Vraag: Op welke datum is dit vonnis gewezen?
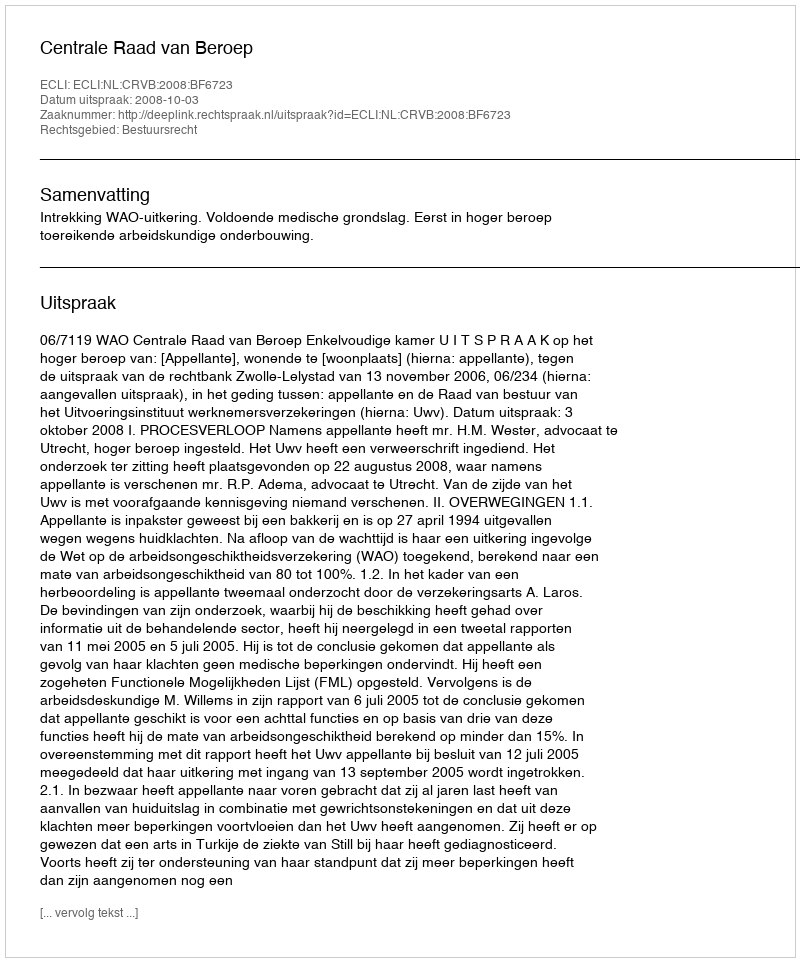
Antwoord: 2008-10-03